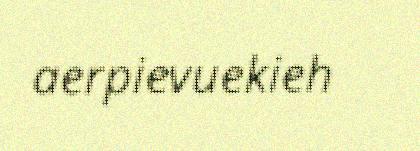
aerpievuekieh